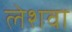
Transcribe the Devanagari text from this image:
लेशवा